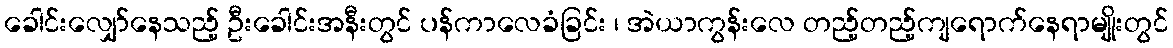
ခေါင်းလျှော်နေသည့် ဦးခေါင်းအနီးတွင် ပန်ကာလေခံခြင်း ၊ အဲယာကွန်းလေ တည့်တည့်ကျရောက်နေရာမျိုးတွင်